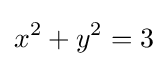
x^{2}+y^{2}=3